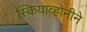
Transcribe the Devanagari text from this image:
स्कियाव्होनीने